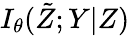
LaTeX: I_{\theta}(\tilde{Z};Y|Z)